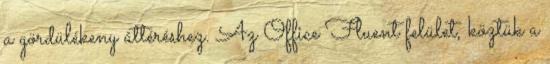
a gördülékeny áttéréshez. Az Office Fluent felület, köztük a